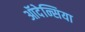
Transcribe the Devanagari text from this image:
ऑदेन्सिया